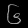
Digit: ၆